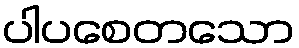
ပါပစေတသော